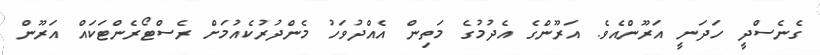
ގެނެސްދީ ހަދަނީ އަރޫންއެވެ. އަރޫންގެ އެދުމުގެ މަތިން އެއްދުވަހު މެންދުރުކެއުމަށް ރެސްޓޯރެންޓަކައް އަރޫން